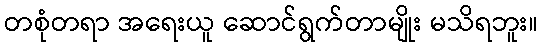
တစုံတရာ အရေးယူ ဆောင်ရွက်တာမျိုး မသိရဘူး။